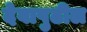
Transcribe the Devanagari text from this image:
देवापुढील